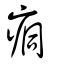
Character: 痌